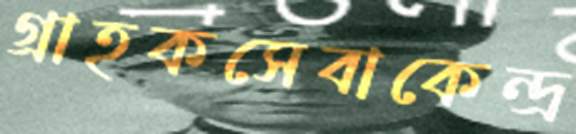
গ্রাহকসেবাকেন্দ্র